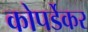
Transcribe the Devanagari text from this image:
कोपर्डेकर